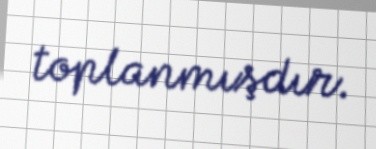
toplanmışdır.